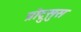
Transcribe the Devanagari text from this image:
प्रोट्रुसुस